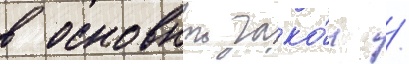
в основнои зако́н /